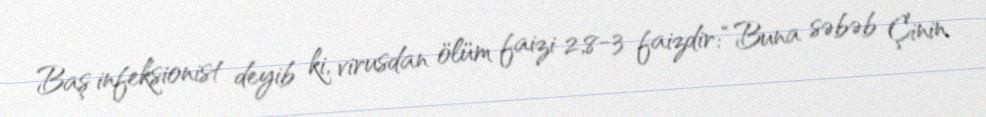
Baş infeksionist deyib ki, virusdan ölüm faizi 2,8-3 faizdir: “Buna səbəb Çinin